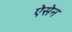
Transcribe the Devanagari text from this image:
ऐसेन